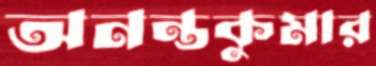
অনন্তকুমার